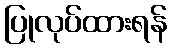
ပြုလုပ်ထားရန်